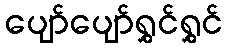
ပျော်ပျော်ရွှင်ရွှင်